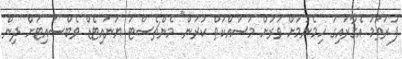
ފުރަތަމަ އެގާރައިގަ ހިމެނުމަށް ވަރަށް މަސައްކަތް ކުރަން" މެންޗެސްޓަ ޔުނައިޓެޑް ވެބްސައިޓަށް ދިން